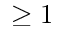
\geq 1